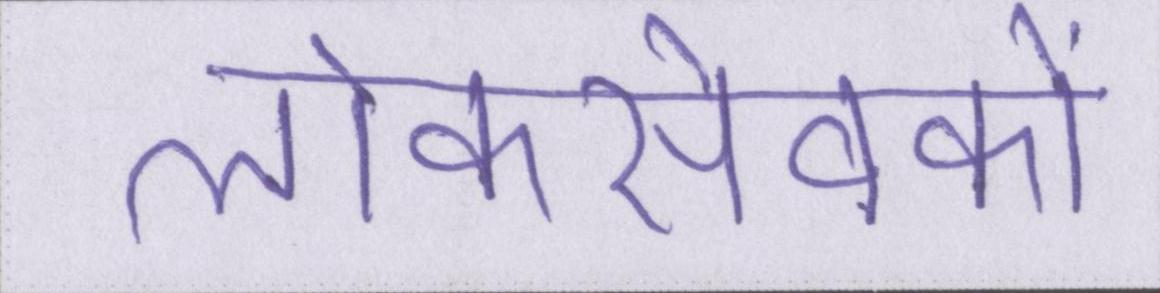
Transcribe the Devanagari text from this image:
लोकसेवकों